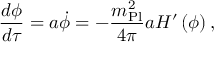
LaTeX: { \frac { d \phi } { d \tau } } = a \dot { \phi } = - { \frac { m _ { \mathrm { P l } } ^ { 2 } } { 4 \pi } } a H ^ { \prime } \left( \phi \right) ,